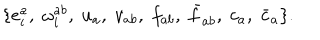
LaTeX: \{ e _ { i } ^ { a } , \; \omega _ { i } ^ { a b } , \; u _ { a } , \; v _ { a b } , \; f _ { a b } , \; \bar { f } _ { a b } , \; c _ { a } , \; \bar { c } _ { a } \} .